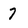
Character: 7